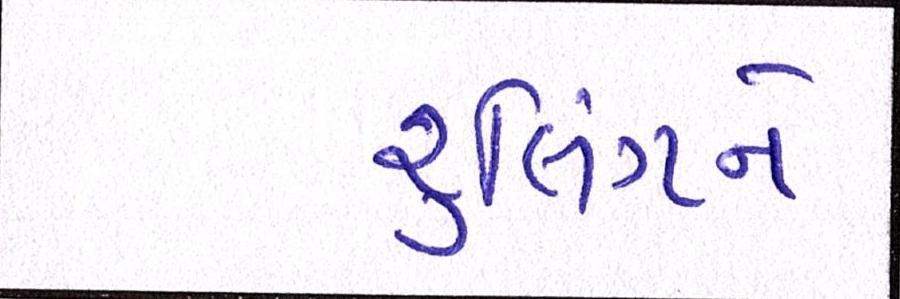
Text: રૃલિંગને